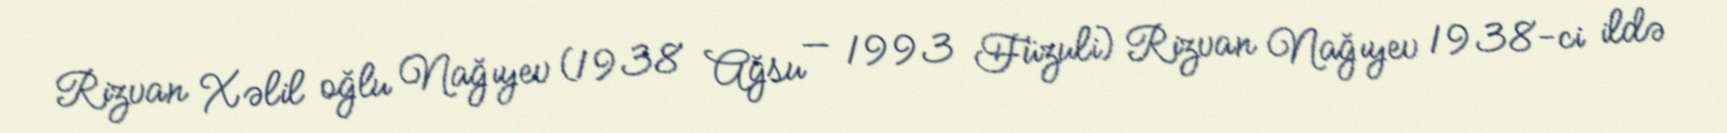
Rizvan Xəlil oğlu Nağıyev (1938 Ağsu — 1993 Füzuli) Rizvan Nağıyev 1938-ci ildə